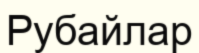
Рубайлар